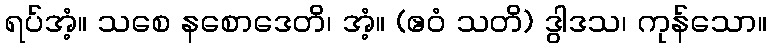
ရပ်အံ့။ သစေ နစောဒေတိ၊ အံ့။ (ဧဝံ သတိ) ဒွါဒသ၊ ကုန်သော။